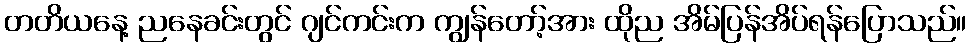
တတိယနေ့ ညနေခင်းတွင် ဂျင်ကင်းက ကျွန်တော့်အား ထိုည အိမ်ပြန်အိပ်ရန်ပြောသည်။